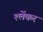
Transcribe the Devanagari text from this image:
श्लेंकर